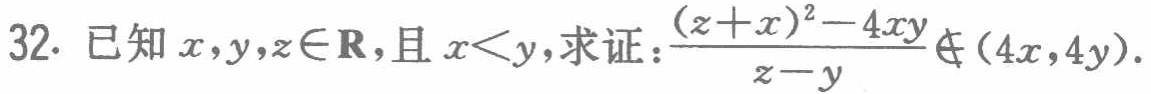
32. 已知\(x,y,z\in\mathbf{R}\)，且\(x<y\)，求证：\(\frac{(z + x)^{2}-4xy}{z - y}\notin(4x,4y)\)。